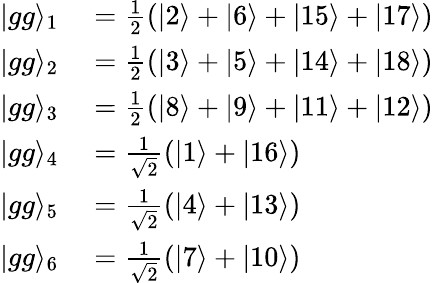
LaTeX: \begin{array}{rl}{\vert gg\rangle_{1}}&{{}=\frac{1}{2}(\vert 2\rangle+\vert 6\rangle+\vert 15\rangle+\vert 17\rangle)}\\ {\vert gg\rangle_{2}}&{{}=\frac{1}{2}(\vert 3\rangle+\vert 5\rangle+\vert 14\rangle+\vert 18\rangle)}\\ {\vert gg\rangle_{3}}&{{}=\frac{1}{2}(\vert 8\rangle+\vert 9\rangle+\vert 11\rangle+\vert 12\rangle)}\\ {\vert gg\rangle_{4}}&{{}=\frac{1}{\sqrt{2}}(\vert 1\rangle+\vert 16\rangle)}\\ {\vert gg\rangle_{5}}&{{}=\frac{1}{\sqrt{2}}(\vert 4\rangle+\vert 13\rangle)}\\ {\vert gg\rangle_{6}}&{{}=\frac{1}{\sqrt{2}}(\vert 7\rangle+\vert 10\rangle)}\end{array}